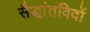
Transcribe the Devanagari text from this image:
सैद्धांतविदों